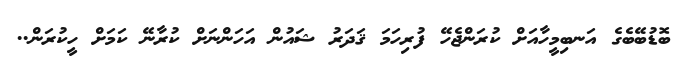
ބޮޑުބޭބެގެ އަނބިމީހާއަށް ކުރަންޖެހޭ ފުރިހަމަ ޤަދަރު ޝައުން އަހަންނަށް ކުރާނޭ ކަމަށް ހީކުރަން..